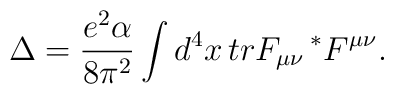
\Delta=\frac{e^2\alpha}{8\pi^2}\int d^{4}x\,  tr F_{\mu\nu}\, ^{*}F^{\mu\nu}.